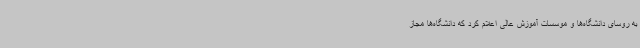
به روسای دانشگاه‌ها و موسسات آموزش عالی اعلام کرد که دانشگاه‌ها مجاز